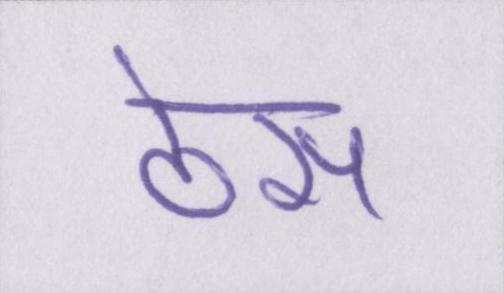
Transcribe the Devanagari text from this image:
ठेस